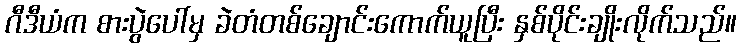
ဂီဒီယံက စားပွဲပေါ်မှ ခဲတံတစ်ချောင်းကောက်ယူပြီး နှစ်ပိုင်းချိုးလိုက်သည်။